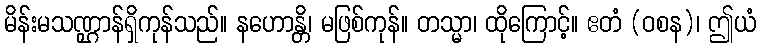
မိန်းမသဏ္ဌာန်ရှိကုန်သည်။ နဟောန္တိ၊ မဖြစ်ကုန်။ တသ္မာ၊ ထိုကြောင့်။ ဧတံ (ဝစန)၊ ဤယံ